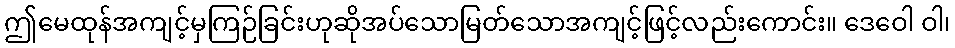
ဤမေထုန်အကျင့်မှကြဉ်ခြင်းဟုဆိုအပ်သောမြတ်သောအကျင့်ဖြင့်လည်းကောင်း။ ဒေဝေါ ဝါ၊